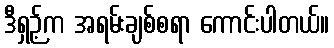
ဒီရှဉ့်က အရမ်းချစ်စရာ ကောင်းပါတယ်။